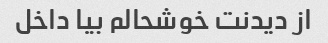
از دیدنت خوشحالم بیا داخل